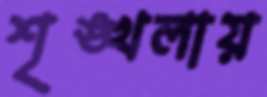
শৃঙ্খলায়